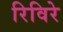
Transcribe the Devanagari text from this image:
रिविरे